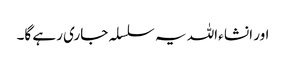
اور انشا ءاللہ یہ سلسلہ جاری رہے گا۔